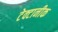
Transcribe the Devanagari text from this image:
टेक्टानीक